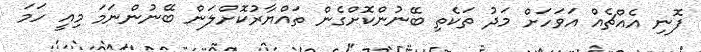
ފޮނި އެއްޗެއް އަވަހަށް މަދު ތަކެތި ބޭނުންކޮށްގެން ތައްޔާރުކޮށްލަން ބޭނުންނަމަ މިއީ ހަމަ